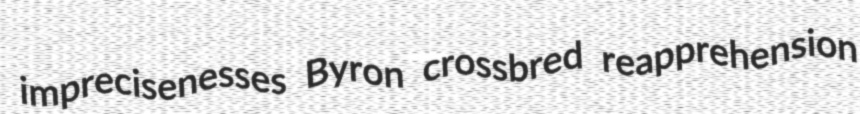
imprecisenesses Byron crossbred reapprehension